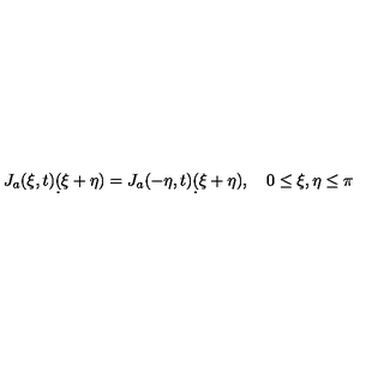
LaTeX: J _ { a } ( \xi , t ) \d ( \xi + \eta ) = J _ { a } ( - \eta , t ) \d ( \xi + \eta ) , \quad 0 \le \xi , \eta \le \pi